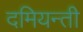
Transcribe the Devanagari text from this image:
दमियन्ती